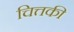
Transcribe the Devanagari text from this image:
चित्तकी